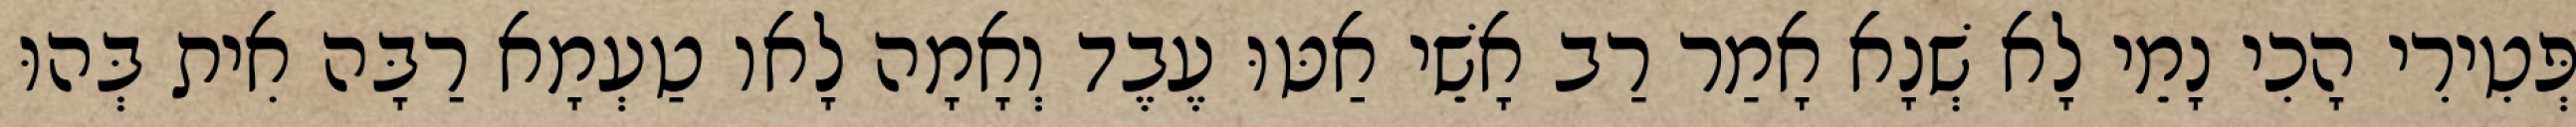
פְּטִירִי הָכִי נָמֵי לָא שְׁנָא אָמַר רַב אָשֵׁי אַטּוּ עֶבֶד וְאָמָה לָאו טַעְמָא רַבָּה אִית בְּהוּ